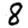
Digit: 8